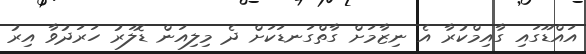
އައްޑޫގައި ގާއިމްކުރާ އެ ނިޒާމަށް ގާތްގަނޑަކަށް ދެ މިލިއަން ޑޮލަރު ހަރަދުވާ އިރު